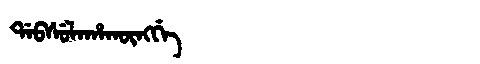
Manchu: ᡩᠠᠪᠰᡠᠯᠠᡥᠠᡴᡡᠩᡤᡝ
Romanization: DABSULAHAKŪNGGE